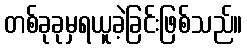
တစ်ခုခုမှရယူခဲ့ခြင်းဖြစ်သည်။